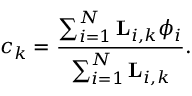
c _ { k } = \frac { \sum _ { i = 1 } ^ { N } { \bf L } _ { i , k } \phi _ { i } } { \sum _ { i = 1 } ^ { N } { \bf L } _ { i , k } } .